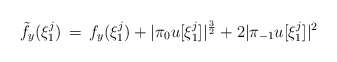
\begin{align*}\tilde{f}_y(\xi_1^j) \,=\, f_y(\xi_1^j) + |\pi_0 u[\xi_1^j]|^\frac{3}{2} + 2|\pi_{-1}u[\xi_1^j]|^2\end{align*}